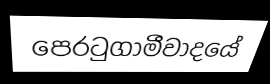
පෙරටුගාමීවාදයේ